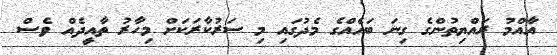
އާއްމު ރައްޔިތުންގެ ގިނަ ބައެއްގެ މެދުގައި މި ސަރުކާރަކަށް މިހާރު ތާއީދެއް ވެސް